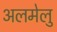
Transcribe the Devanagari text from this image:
अलमेलु